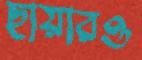
ছায়ারও